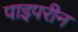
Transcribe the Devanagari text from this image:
पाइपरीन